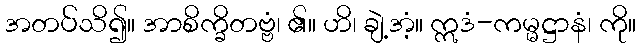
အတပ်သိ၍။ အာစိက္ခိတဗ္ဗံ၊ ၏။ ဟိ၊ ချဲ့အံ့။ ဣဒံ-ကမ္မဋ္ဌာနံ၊ ကို။